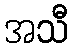
အသီ